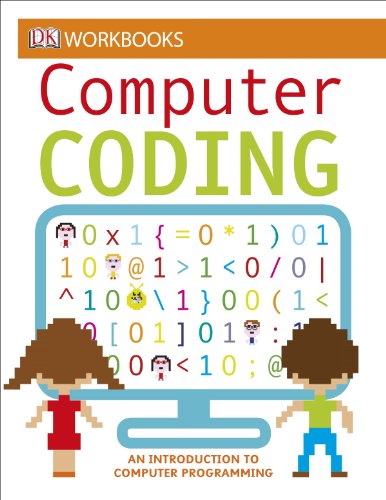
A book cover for DK Workbooks: Computer Coding; DK; Children's Books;